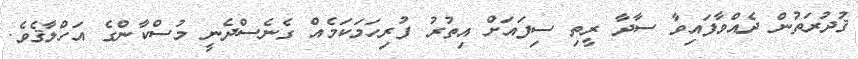
ޤުދުރަތުން ދެއްވާފައިވާ ސާދާ ރީތި ސިފައަށް އިތުރު ފުރިހަމަކަމެއް ގެނެސްދެނީ މުސްކާންގެ އަހްލާޤެވެ.